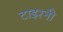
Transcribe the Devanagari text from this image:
टाइरनी